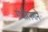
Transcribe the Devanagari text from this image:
गंभीरपणाने